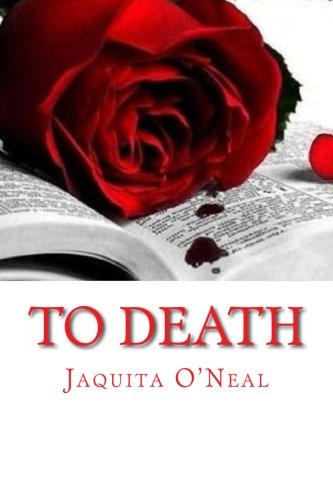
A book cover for To Death; Jaquita O'Neal; Literature & Fiction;